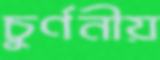
চুর্ণনীয়